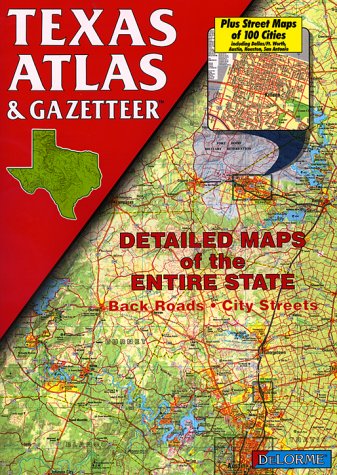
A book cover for Texas Atlas & Gazetteer; DeLorme; Travel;